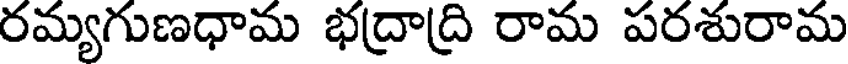
రమ్యగుణధామ భద్రాద్రి రామ పరశురామ